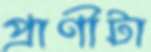
প্রাণীটা